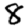
Digit: 8